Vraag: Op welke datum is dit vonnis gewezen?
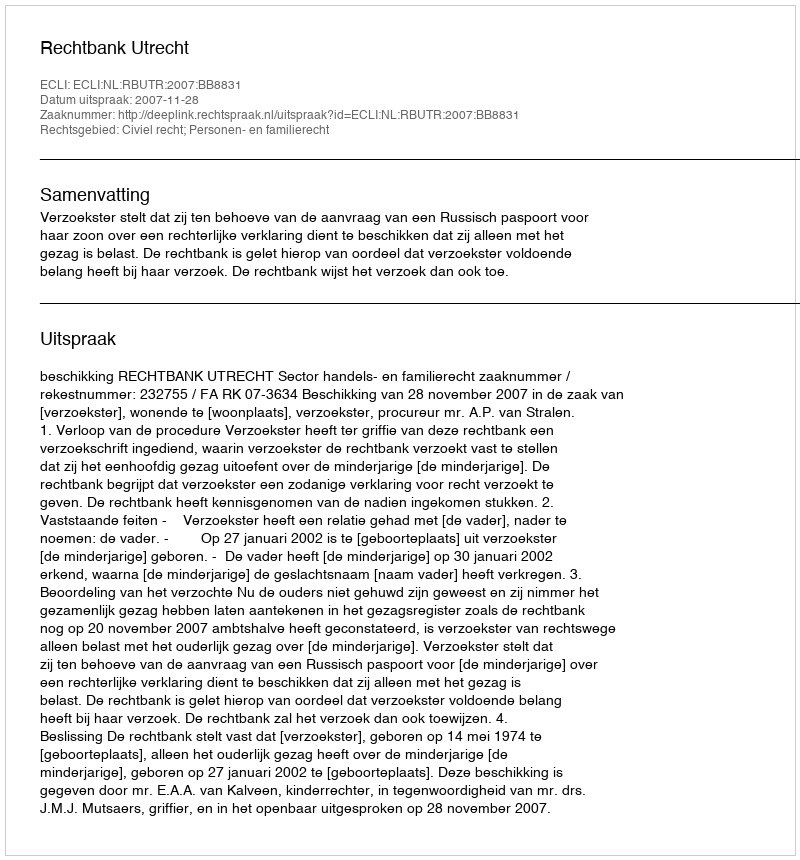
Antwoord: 2007-11-28